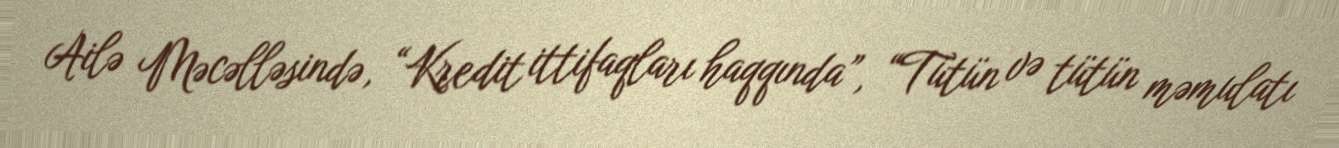
Ailə Məcəlləsində, “Kredit ittifaqları haqqında”, “Tütün və tütün məmulatı